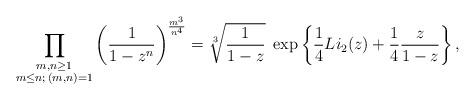
LaTeX: \begin{align*} \prod_{\substack{m,n \geq 1 \\ m \leq n ; \, (m,n)=1}} \left( \frac{1}{1-z^n} \right)^{\frac{m^3 }{n^4}} = \sqrt[3]{\frac{1}{1-z}} \; \exp\left\{\frac{1}{4} Li_2(z) + \frac{1}{4}\frac{z}{1-z} \right\},\end{align*}